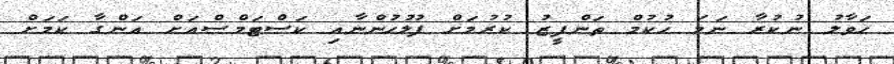
ހަވާލު ނުކުރާ ނަމަ ހުކުމް ތަންފީޒު ކުރުމަށް ފުލުހުންނާއި ކަސްޓަމްސްއަށް އަންގާ ކަމަށް